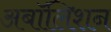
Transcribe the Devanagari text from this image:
अबॉलिशन